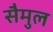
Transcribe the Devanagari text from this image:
सैमुल